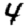
Digit: 4